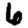
Digit: 6